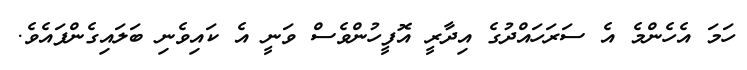
ހަމަ އެހެންމެ އެ ސަރަހައްދުގެ އިދާރީ އޮފީހުންވެސް ވަނީ އެ ކައިވެނި ބަލައިގެންފައެވެ.